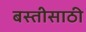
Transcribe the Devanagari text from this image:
बस्तीसाठी